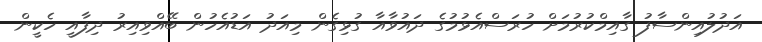
އަދުލުއިންސާފު ގާއިމްކުރުމަށް ހުރަސްއެޅުމުގެ ދައުވާއާ ގުޅިގެން މިއަދު އަޑުއެހުން ބޭއްވިއިރު ދިފާއީ ހެކީން